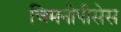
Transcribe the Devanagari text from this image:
चिमनीपीसेस